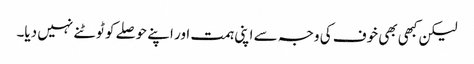
لیکن کبھی بھی خوف کی وجہ سے اپنی ہمت اور اپنے حوصلے کو ٹوٹنے نہیں دیا۔